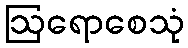
ဩရောစေသုံ